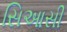
સિઆસી